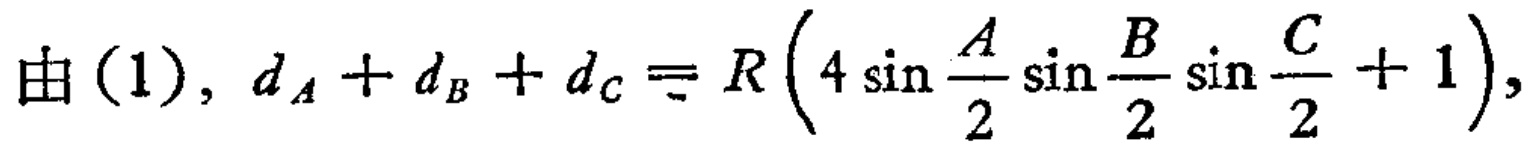
由(1), \(d_{A}+d_{B}+d_{C}=R\left(4\sin\frac{A}{2}\sin\frac{B}{2}\sin\frac{C}{2}+1\right)\)